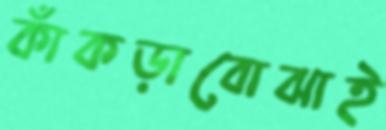
কাঁকড়াবোঝাই